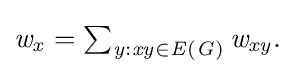
{\textstyle {\it {{w}_{x}=\sum _{y:xy\in E(G)}{\it {{w}_{xy}.}}}}}